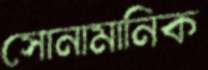
সোনামানিক